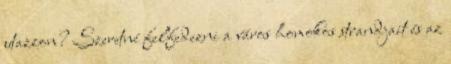
utazzon? Szeretné felfedezni a város homokos strandjait és az